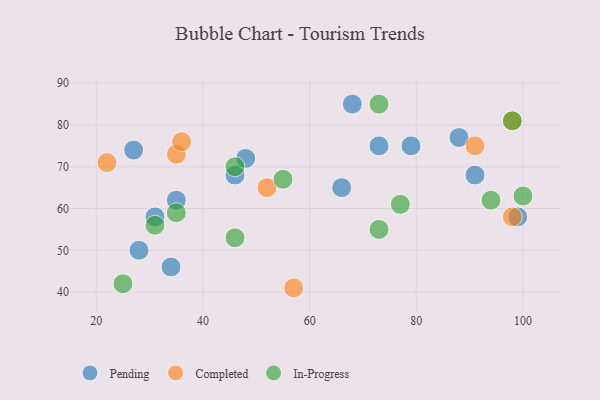
{"axis": {"x": "GDP", "y": "Life Expectancy"}, "legend": ["Completed", "In-Progress", "Pending"], "data": [{"x": "73", "y": 75, "type": "Pending"}, {"x": "46", "y": 68, "type": "Pending"}, {"x": "91", "y": 68, "type": "Pending"}, {"x": "66", "y": 65, "type": "Pending"}, {"x": "35", "y": 62, "type": "Pending"}, {"x": "79", "y": 75, "type": "Pending"}, {"x": "99", "y": 58, "type": "Pending"}, {"x": "28", "y": 50, "type": "Pending"}, {"x": "48", "y": 72, "type": "Pending"}, {"x": "27", "y": 74, "type": "Pending"}, {"x": "31", "y": 58, "type": "Pending"}, {"x": "34", "y": 46, "type": "Pending"}, {"x": "88", "y": 77, "type": "Pending"}, {"x": "68", "y": 85, "type": "Pending"}, {"x": "57", "y": 41, "type": "Completed"}, {"x": "91", "y": 75, "type": "Completed"}, {"x": "35", "y": 73, "type": "Completed"}, {"x": "22", "y": 71, "type": "Completed"}, {"x": "98", "y": 58, "type": "Completed"}, {"x": "98", "y": 81, "type": "Completed"}, {"x": "36", "y": 76, "type": "Completed"}, {"x": "52", "y": 65, "type": "Completed"}, {"x": "55", "y": 67, "type": "In-Progress"}, {"x": "100", "y": 63, "type": "In-Progress"}, {"x": "77", "y": 61, "type": "In-Progress"}, {"x": "73", "y": 85, "type": "In-Progress"}, {"x": "73", "y": 55, "type": "In-Progress"}, {"x": "25", "y": 42, "type": "In-Progress"}, {"x": "94", "y": 62, "type": "In-Progress"}, {"x": "46", "y": 70, "type": "In-Progress"}, {"x": "46", "y": 53, "type": "In-Progress"}, {"x": "31", "y": 56, "type": "In-Progress"}, {"x": "35", "y": 59, "type": "In-Progress"}, {"x": "98", "y": 81, "type": "In-Progress"}]}